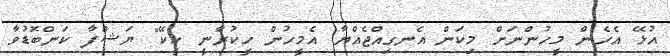
އުޅޭ އެހެން މީހުންނަށް މިކަން އެނގިއްޖެއްޔާ އެމީހުން ހީކުރާނީ ކީކޭ" ޔަޝްފާ ކަންބޮޑުވާ